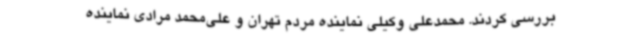
بررسی کردند. محمدعلی وکیلی نماینده مردم تهران و علی‌محمد مرادی نماینده